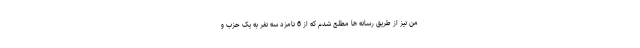
من نیز از طریق رسانه ها مطلع شدم که از 6 نامزد سه نفر به یک حزب و